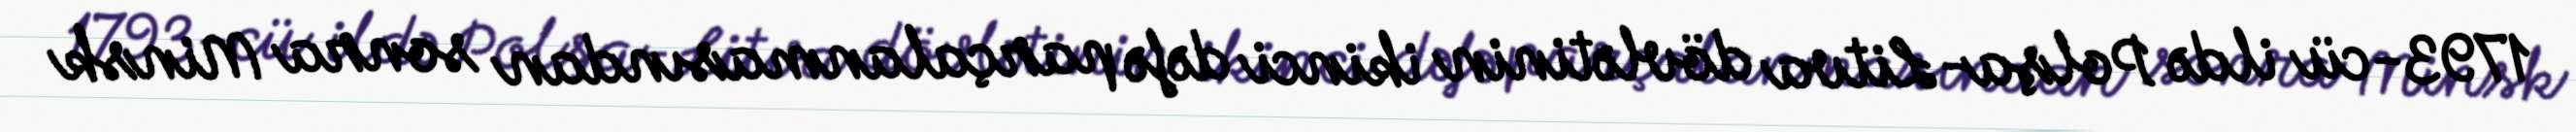
1793-cü ildə Polşa-Litva dövlətinin ikinci dəfə parçalanmasından sonra Minsk